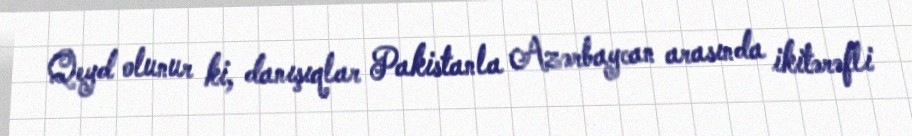
Qeyd olunur ki, danışıqlar Pakistanla Azərbaycan arasında ikitərəfli